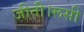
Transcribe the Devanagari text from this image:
जीती।रूसी